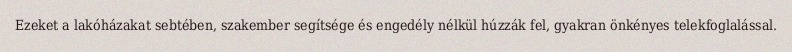
Ezeket a lakóházakat sebtében, szakember segítsége és engedély nélkül húzzák fel, gyakran önkényes telekfoglalással.